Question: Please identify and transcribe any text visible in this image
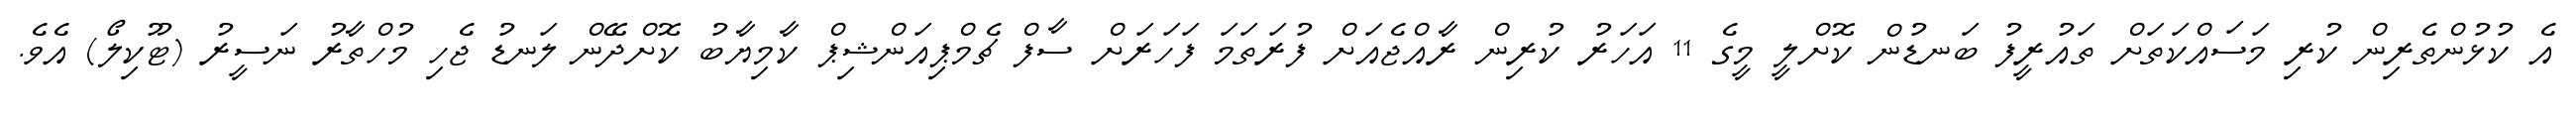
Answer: އެ ކުޅުންތެރިން ކުރި މަސައްކަތަށް ތައުރީފު ބަނޑުން ކޮށްލީ މީގެ 11 އަހަރު ކުރިން ރާއްޖެއަށް ފުރަތަމަ ފަހަރަށް ސާފް ޗެމްޕިއަންޝިޕް ކާމިޔާބު ކޮށްދޭން ލަނޑު ޖެހި މުހްތާރު ނަސީރު (ޓޫކިލޯ) އެވެ.